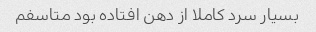
بسیار سرد کاملا از دهن افتاده بود متاسفم